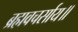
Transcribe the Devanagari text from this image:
ब्रह्मवचर्साय॥